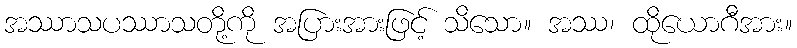
အဿာသပဿာသတို့ကို အပြားအားဖြင့် သိသော။ အဿ၊ ထိုယောဂီအား။